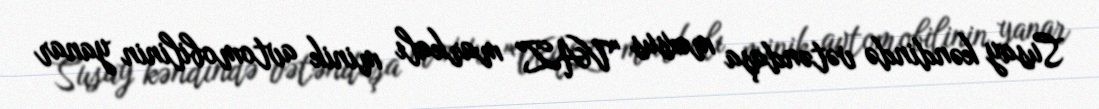
Susay kəndində vətəndaşa məxsus "VAZ" markalı minik avtomobilinin yanar